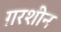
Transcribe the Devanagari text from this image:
ग़रशीन